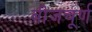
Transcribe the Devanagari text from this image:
बीजचूर्ण